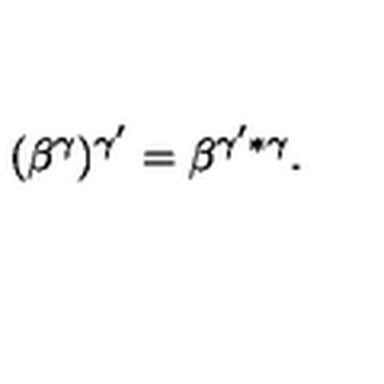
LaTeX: ( \beta ^ { \gamma } ) ^ { \gamma ^ { \prime } } = \beta ^ { \gamma ^ { \prime } * \gamma } .